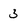
Character: 3